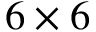
6 \times 6